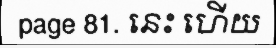
page 81. នេះ ហើយ